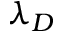
\lambda _ { D }